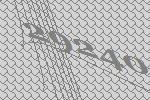
29240